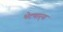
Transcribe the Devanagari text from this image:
भेटणार्‍या